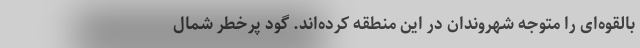
بالقوه‌ای را متوجه شهروندان در این منطقه کرده‌اند. گود پرخطر شمال